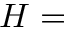
H =